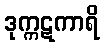
ဒုက္ကဋကာရိ